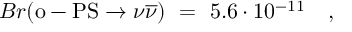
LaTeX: B r ( \mathrm { o - P S } \rightarrow \nu \overline { { { \nu } } } ) \ = \ 5 . 6 \cdot 1 0 ^ { - 1 1 } \ \ \ ,